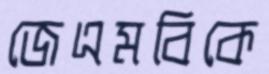
জেএমবিকে